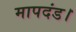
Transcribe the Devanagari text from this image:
मापदंड।